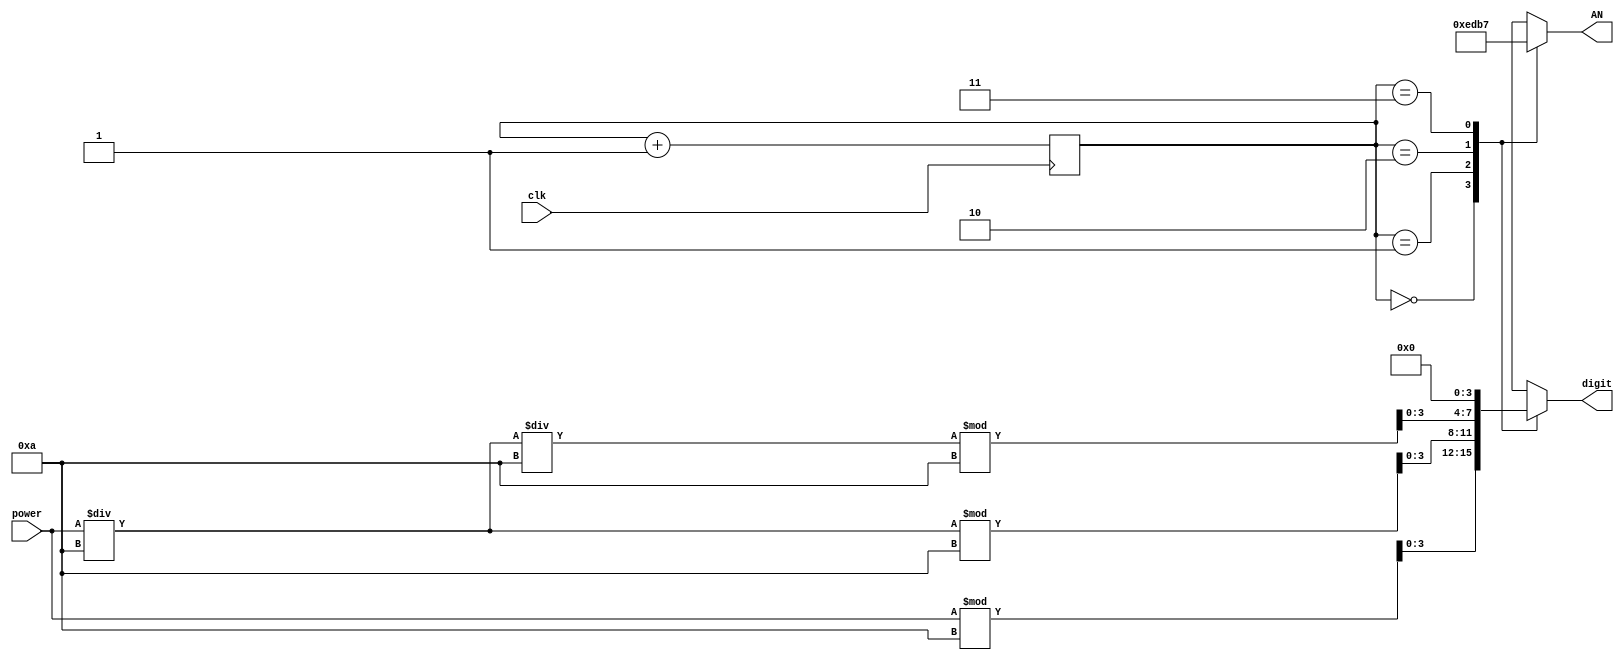


module seven_segment_display (digit, AN, clk, power);
	output [3:0] digit;
	output [3:0] AN;
	input clk;
	input [7:0] power;
	
	reg [1:0] counter;
	reg [1:0] next_counter;
	reg [6:0] SEG;
	reg [3:0] AN;
	reg [3:0] digit;
		
	always @(posedge clk) begin
		counter <= next_counter;
	end
	
	always @(*) begin
		next_counter = counter + 1;			
		case (counter)
			2'd0:	begin 
						AN = 4'b1110;
						digit = power%(4'd10);
					end
			2'd1:	begin
						AN = 4'b1101;
						digit = (power/(4'd10))%(4'd10);		
					end
			2'd2:	begin
						AN = 4'b1011;
						digit = ((power/(4'd10))/(4'd10))%(4'd10);
					end
			2'd3:	begin
						AN = 4'b0111;
						digit = 0;
					end				
		endcase	
	end
	
endmodule